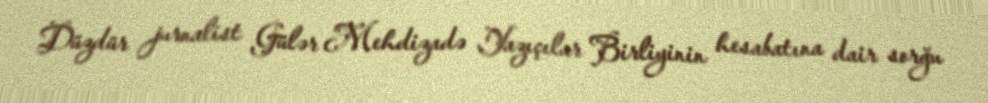
Düzdür jurnalist Gülər Mehdizadə Yazıçılar Birliyinin hesabatına dair sorğu